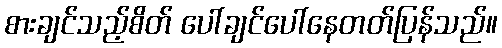
စားချင်သည့်စိတ် ပေါ်ချင်ပေါ်နေတတ်ပြန်သည်။